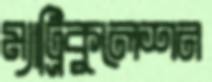
ম্যাট্রিকুলেশন